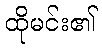
ထိုမင်း၏